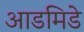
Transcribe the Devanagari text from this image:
आडमिडे